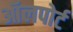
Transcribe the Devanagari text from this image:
ऑलपोर्ट